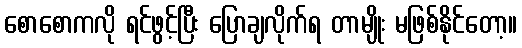
စောစောကလို ရင်ဖွင့်ပြီး ပြောချလိုက်ရ တာမျိုး မဖြစ်နိုင်တော့။